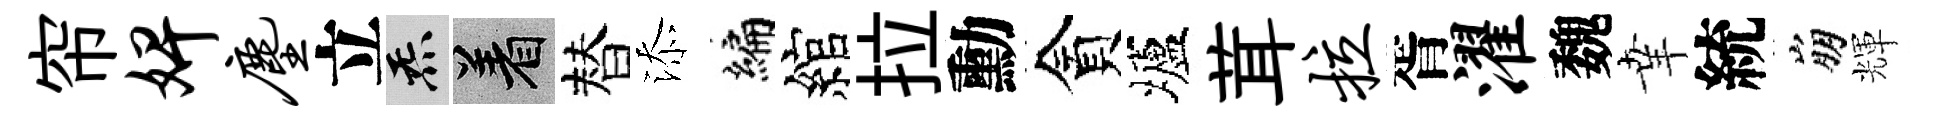
帘婢尘立炁著替添编綰拉勳貪壚茸拉胥濯魏𦍒統崩輝